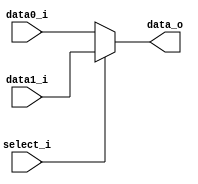
module MUX2_5
(
	data0_i,
	data1_i,
	select_i,
	data_o
);

input	[4:0]	data0_i;
input	[4:0]	data1_i;
input		select_i;
output	[4:0]	data_o;

assign data_o = (select_i==1'b1) ? data1_i : data0_i;

endmodule